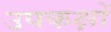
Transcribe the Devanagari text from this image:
उपकक्षों